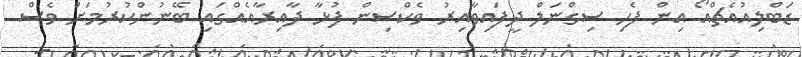
ޑަބްލިއުއެޗްއޯ އިން ފެހި ސިގްނަލް ދީފައިވާއިރު ވެކްސިން ފުޅާ ދާއިރާއެއްގައި ބޭނުންކުރުމަށް ވެސް